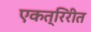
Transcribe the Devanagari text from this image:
एकत्रिरीत